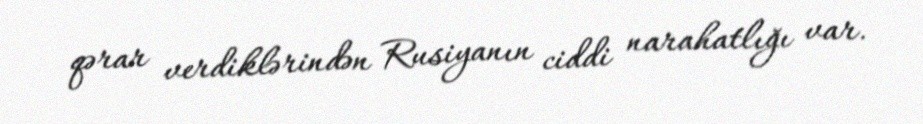
qərar verdiklərindən Rusiyanın ciddi narahatlığı var.